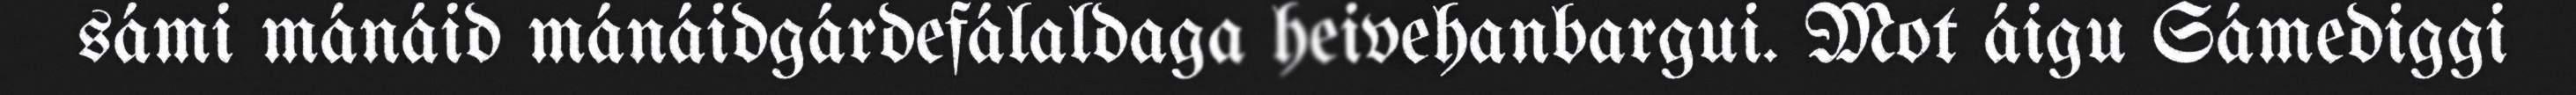
sámi mánáid mánáidgárdefálaldaga heivehanbargui. Mot áigu Sámediggi